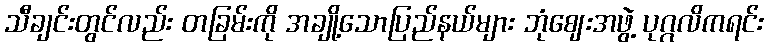
သီချင်းတွင်လည်း တခြမ်းကို အချို့သောပြည်နယ်များ ဘုံဈေးအဖွဲ့ ပုဂ္ဂလိကရင်း